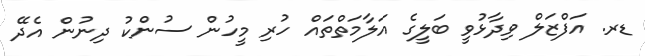
ޑރ. އަފްޒަލް ވިދާޅުވީ ބަލީގެ އަލާމަތްތައް ހުރި މީހުން ސުންކު ދިނުން އެދޭ